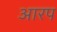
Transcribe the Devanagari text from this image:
आरप